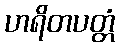
ဟရိတပတ္တံ